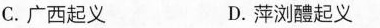
C.广西起义 D.萍浏醴起义